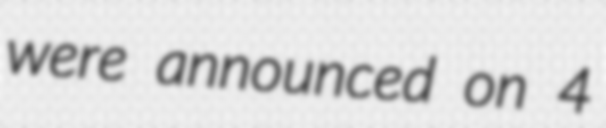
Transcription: were announced on 4